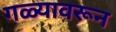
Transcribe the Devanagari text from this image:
गळ्यावरून